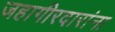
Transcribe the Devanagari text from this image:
जहागीरदारांना